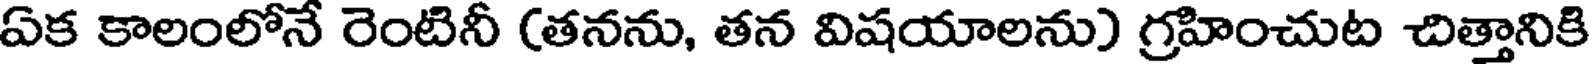
ఏక కాలంలోనే రెంటినీ (తనను, తన విషయాలను) గ్రహించుట చిత్తానికి